NAE_ERA_R-1765_ENSV_Kirjanike_Liit_1945-1955, lk 18
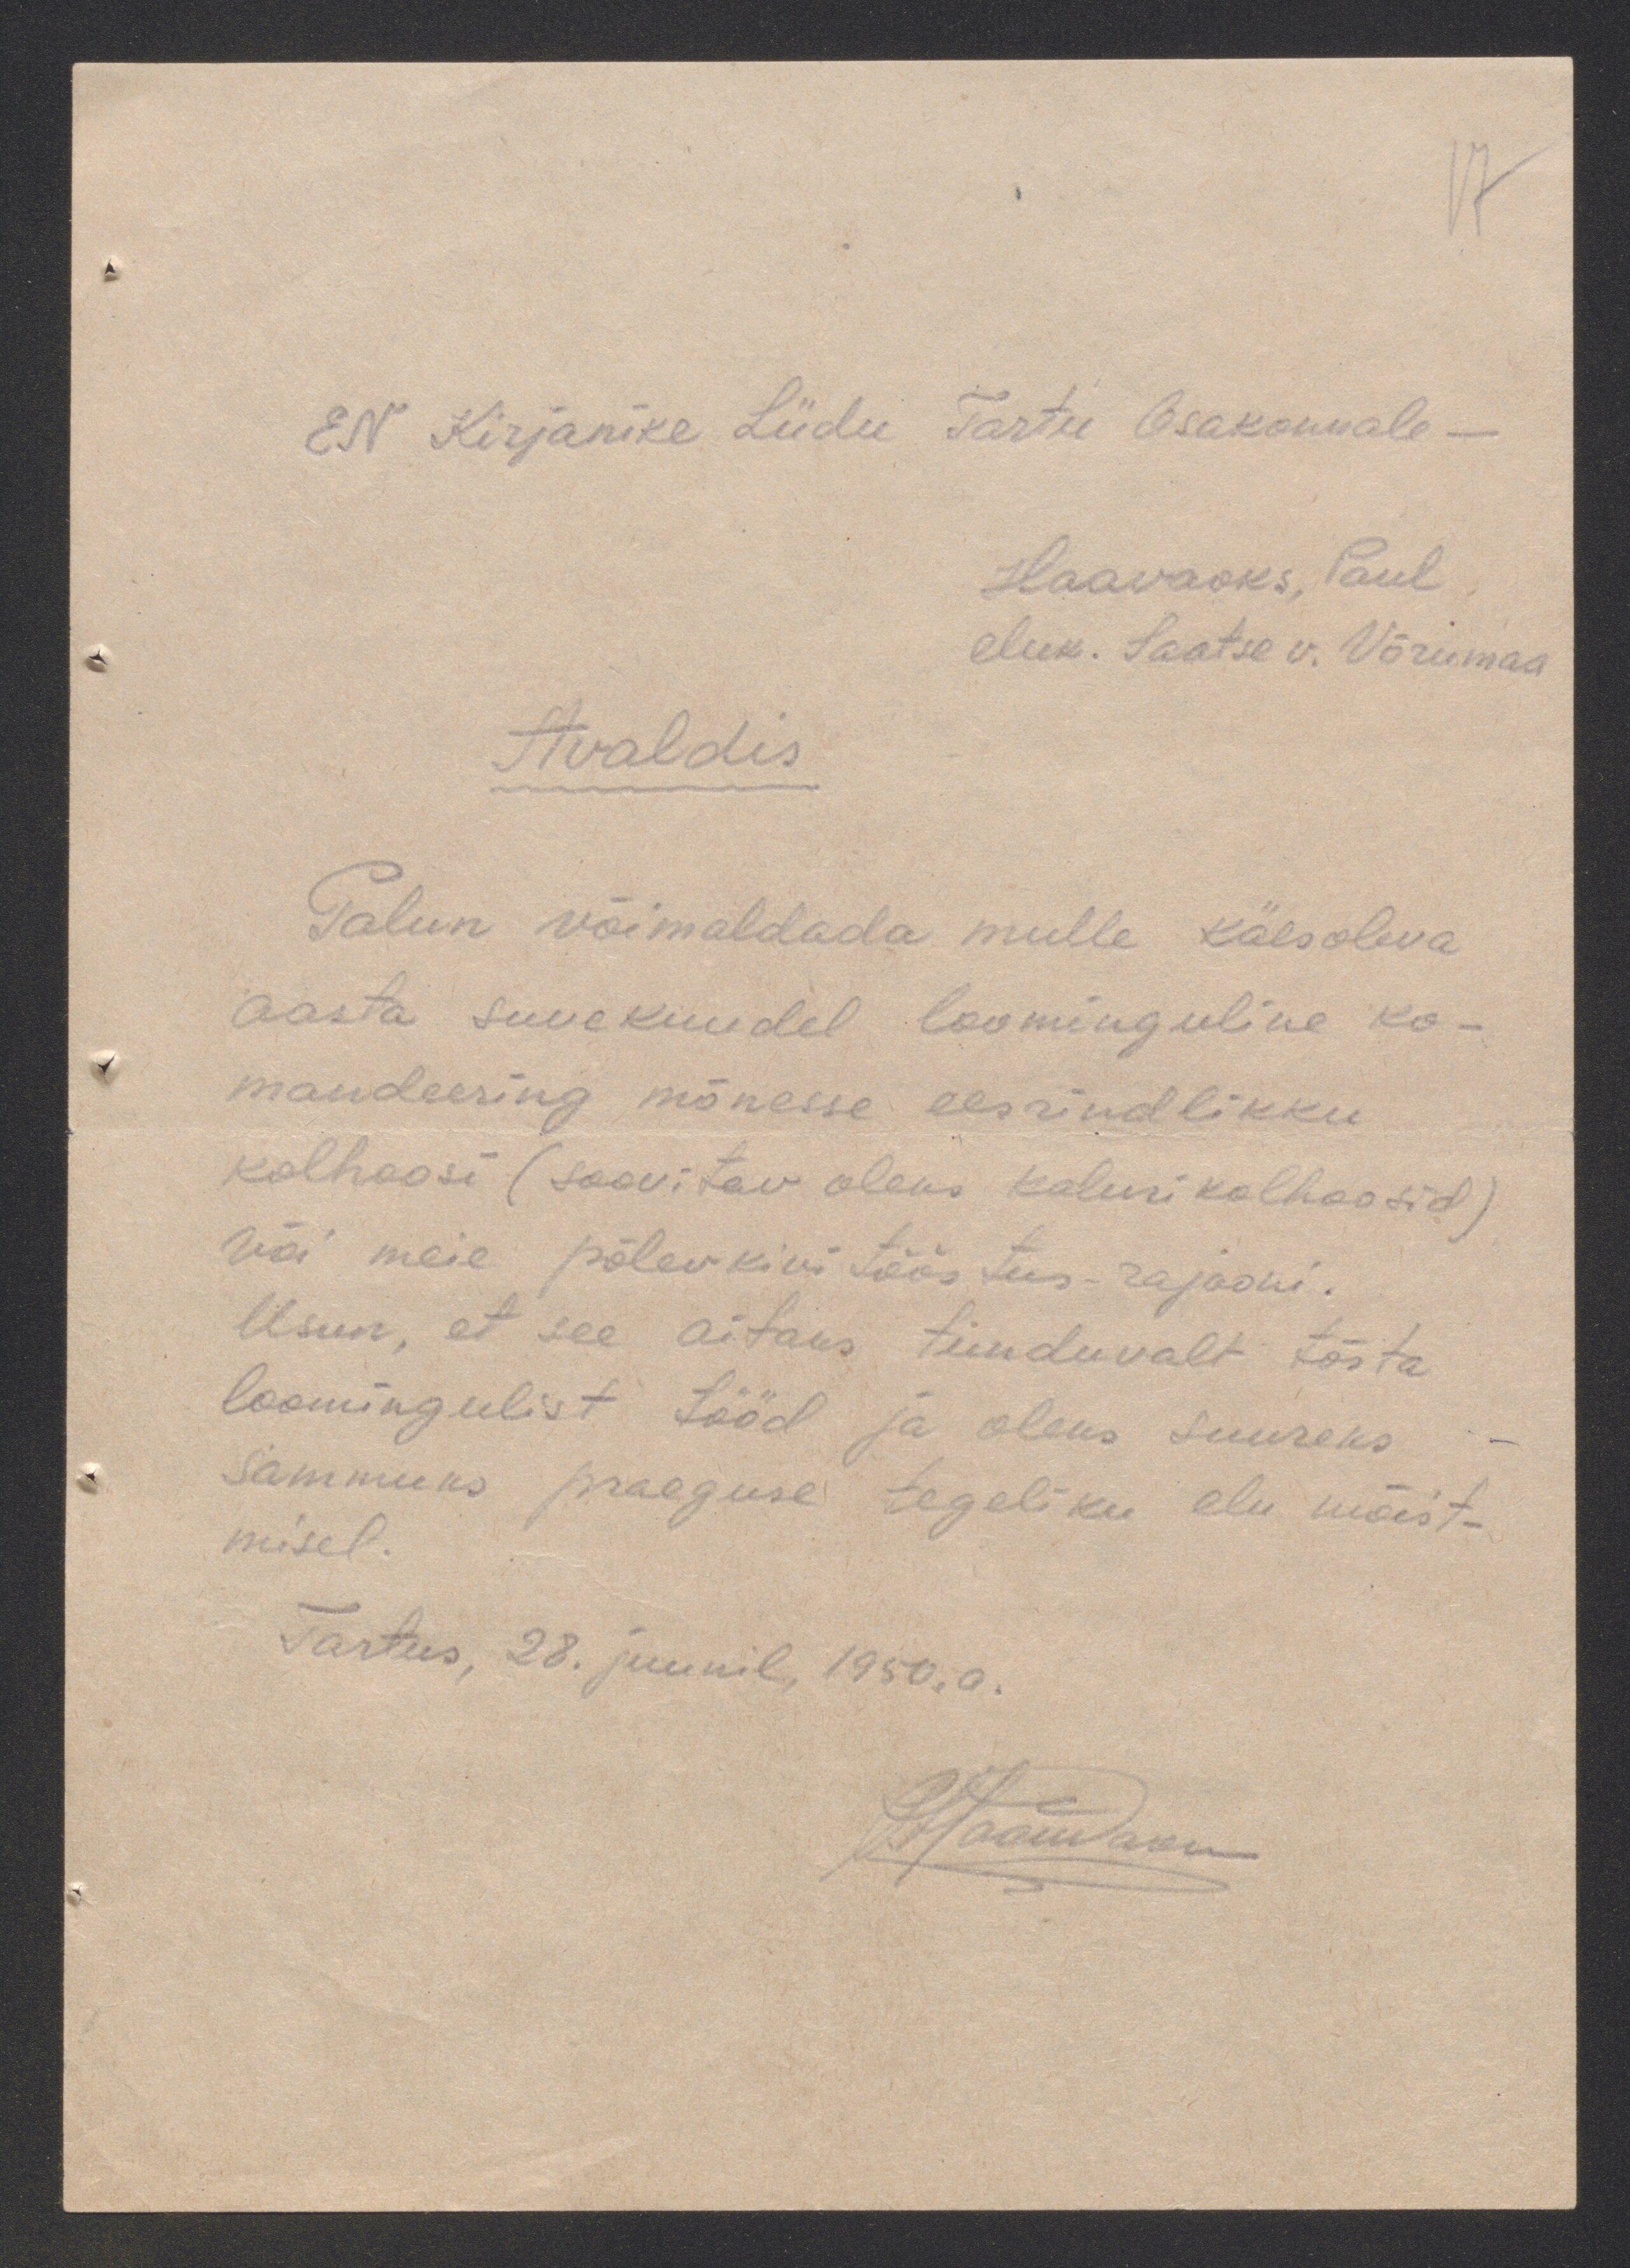
En Kirjanike Liidu Tartu Osakonnale-
Haavaoks Paul
eluk. Saatse v. Võrumaa
Avaldis
Palun, võimaldada, mulle, käesoleva
aasta suvekuudel loominguline ko
mandeering mõnesse eesrindlikku
kolhoosi (soovitav oleks kalurikolhoosid)
või meie põlevkivi tööstus rajooni.
Usun, et see aitaks tunduvalt tõsta,
loomingulist tööd ja oleks suureks
sammuks praeguse tegeliku olu mõist-
misel.
Tartus, 28. juunil, 1950.a.